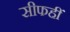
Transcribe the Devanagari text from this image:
सीफहीं